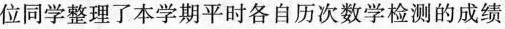
位同学整理了本学期平时各自历次数学检测的成绩